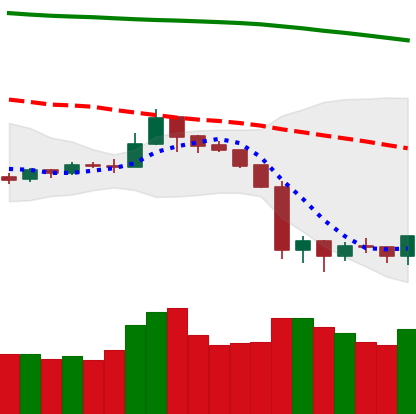
Ticker: NEO-USD
Chart end date: 2019-09-30
Forward return: -3.174%
Label: down_3_5